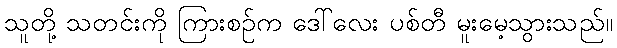
သူတို့ သတင်းကို ကြားစဉ်က ဒေါ်လေး ပစ်တီ မူးမေ့သွားသည်။